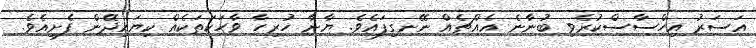
އަސަރު އިހްސާސްކުރެވި ބުނާނެ އެއްޗެއް ނޭނގިފައެވެ. ޔާނާ ހުރިހާ ވާހަކަތަކެއް ކިޔައިދޭން ފެށިއެވެ.